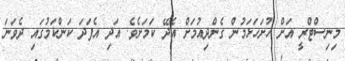
މިނިސްޓްރީ އަށް ހުށަހަޅަމުން ގެންދިއުމަށް އެދޭ ކަމަށެވެ. އަދި އެފަދަ ކަންކަމުގައި ދެވަނަ